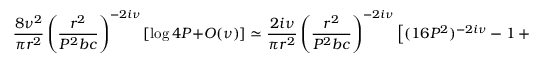
\frac { 8 \nu ^ { 2 } } { \pi r ^ { 2 } } \left( \frac { r ^ { 2 } } { P ^ { 2 } b c } \right) ^ { - 2 i \nu } [ \log 4 P + O ( \nu ) ] \simeq \frac { 2 i \nu } { \pi r ^ { 2 } } \left( \frac { r ^ { 2 } } { P ^ { 2 } b c } \right) ^ { - 2 i \nu } \left[ ( 1 6 P ^ { 2 } ) ^ { - 2 i \nu } - 1 + O ( \nu ^ { 2 } ) \right] .